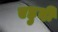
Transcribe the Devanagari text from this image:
एहुदी